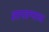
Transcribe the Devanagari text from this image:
सापडण्याच्या